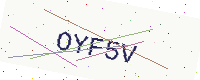
Text: OYF5V